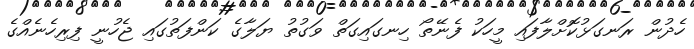
ހެދުން ރަނގަޅުކޮށްލާފައި މީހަކު ފެނޭތޯ ހިނގައިގަތް ވަގުތު ޔަލާގެ ކަންފަތުގައި ޖެހުނީ ފިރިހެނެއްގެ